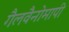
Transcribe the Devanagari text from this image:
गैलवैनोमापी